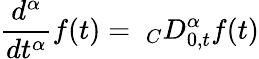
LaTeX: \frac{d^{\alpha}}{dt^{\alpha}}f(t)=\ _{C}D_{0,t}^{\alpha}f(t)